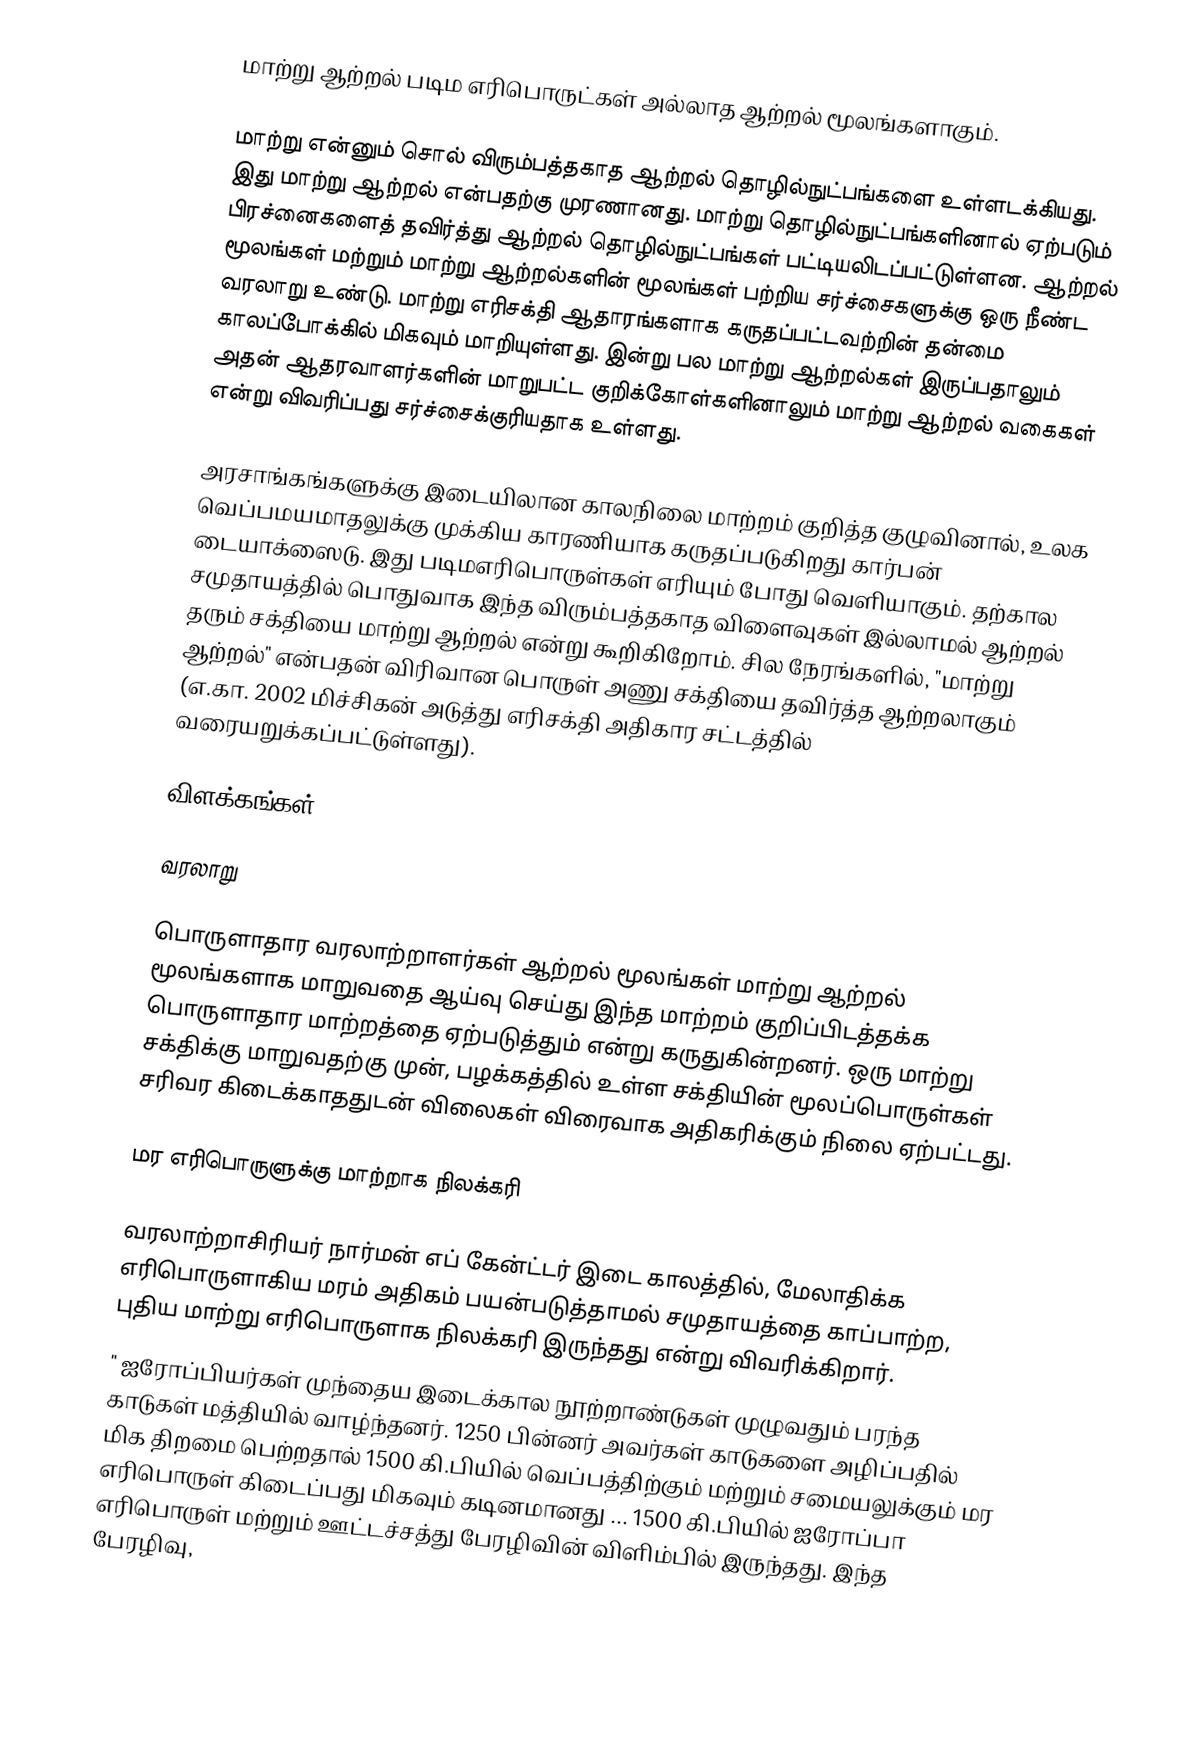
மாற்று ஆற்றல் படிம எரிபொருட்கள் அல்லாத  ஆற்றல் மூலங்களாகும்.

மாற்று என்னும் சொல் விரும்பத்தகாத ஆற்றல் தொழில்நுட்பங்களை  உள்ளடக்கியது. இது மாற்று ஆற்றல் என்பதற்கு முரணானது. மாற்று தொழில்நுட்பங்களினால் ஏற்படும் பிரச்னைகளைத் தவிர்த்து ஆற்றல் தொழில்நுட்பங்கள் பட்டியலிடப்பட்டுள்ளன. ஆற்றல் மூலங்கள் மற்றும் மாற்று ஆற்றல்களின் மூலங்கள் பற்றிய சர்ச்சைகளுக்கு ஒரு நீண்ட வரலாறு உண்டு. மாற்று எரிசக்தி ஆதாரங்களாக கருதப்பட்டவற்றின் தன்மை காலப்போக்கில்  மிகவும் மாறியுள்ளது. இன்று பல மாற்று ஆற்றல்கள் இருப்பதாலும் அதன் ஆதரவாளர்களின் மாறுபட்ட குறிக்கோள்களினாலும் மாற்று ஆற்றல் வகைகள் என்று விவரிப்பது சர்ச்சைக்குரியதாக உள்ளது.

அரசாங்கங்களுக்கு இடையிலான காலநிலை மாற்றம் குறித்த குழுவினால், உலக வெப்பமயமாதலுக்கு முக்கிய காரணியாக கருதப்படுகிறது கார்பன் டையாக்ஸைடு. இது படிமஎரிபொருள்கள் எரியும் போது வெளியாகும். தற்கால சமுதாயத்தில் பொதுவாக இந்த  விரும்பத்தகாத விளைவுகள் இல்லாமல் ஆற்றல் தரும் சக்தியை மாற்று ஆற்றல் என்று  கூறிகிறோம். சில நேரங்களில், "மாற்று ஆற்றல்" என்பதன்  விரிவான பொருள் அணு சக்தியை தவிர்த்த ஆற்றலாகும் (எ.கா. 2002 மிச்சிகன் அடுத்து எரிசக்தி அதிகார சட்டத்தில் வரையறுக்கப்பட்டுள்ளது).

விளக்கங்கள்

வரலாறு

பொருளாதார வரலாற்றாளர்கள் ஆற்றல் மூலங்கள் மாற்று ஆற்றல் மூலங்களாக மாறுவதை ஆய்வு செய்து இந்த மாற்றம் குறிப்பிடத்தக்க பொருளாதார மாற்றத்தை ஏற்படுத்தும் என்று கருதுகின்றனர். ஒரு மாற்று சக்திக்கு மாறுவதற்கு முன், பழக்கத்தில் உள்ள சக்தியின் மூலப்பொருள்கள் சரிவர கிடைக்காததுடன் விலைகள் விரைவாக அதிகரிக்கும் நிலை ஏற்பட்டது.

மர எரிபொருளுக்கு மாற்றாக நிலக்கரி

வரலாற்றாசிரியர் நார்மன் எப் கேன்ட்டர் இடை காலத்தில், மேலாதிக்க எரிபொருளாகிய மரம் அதிகம் பயன்படுத்தாமல்  சமுதாயத்தை காப்பாற்ற, புதிய மாற்று எரிபொருளாக நிலக்கரி இருந்தது என்று விவரிக்கிறார்.
" ஐரோப்பியர்கள் முந்தைய இடைக்கால நூற்றாண்டுகள் முழுவதும் பரந்த காடுகள் மத்தியில் வாழ்ந்தனர். 1250 பின்னர் அவர்கள் காடுகளை அழிப்பதில் மிக திறமை பெற்றதால் 1500 கி.பியில் வெப்பத்திற்கும் மற்றும் சமையலுக்கும் மர எரிபொருள் கிடைப்பது மிகவும் கடினமானது  ... 1500 கி.பியில் ஐரோப்பா எரிபொருள் மற்றும் ஊட்டச்சத்து பேரழிவின் விளிம்பில் இருந்தது. இந்த பேரழிவு,